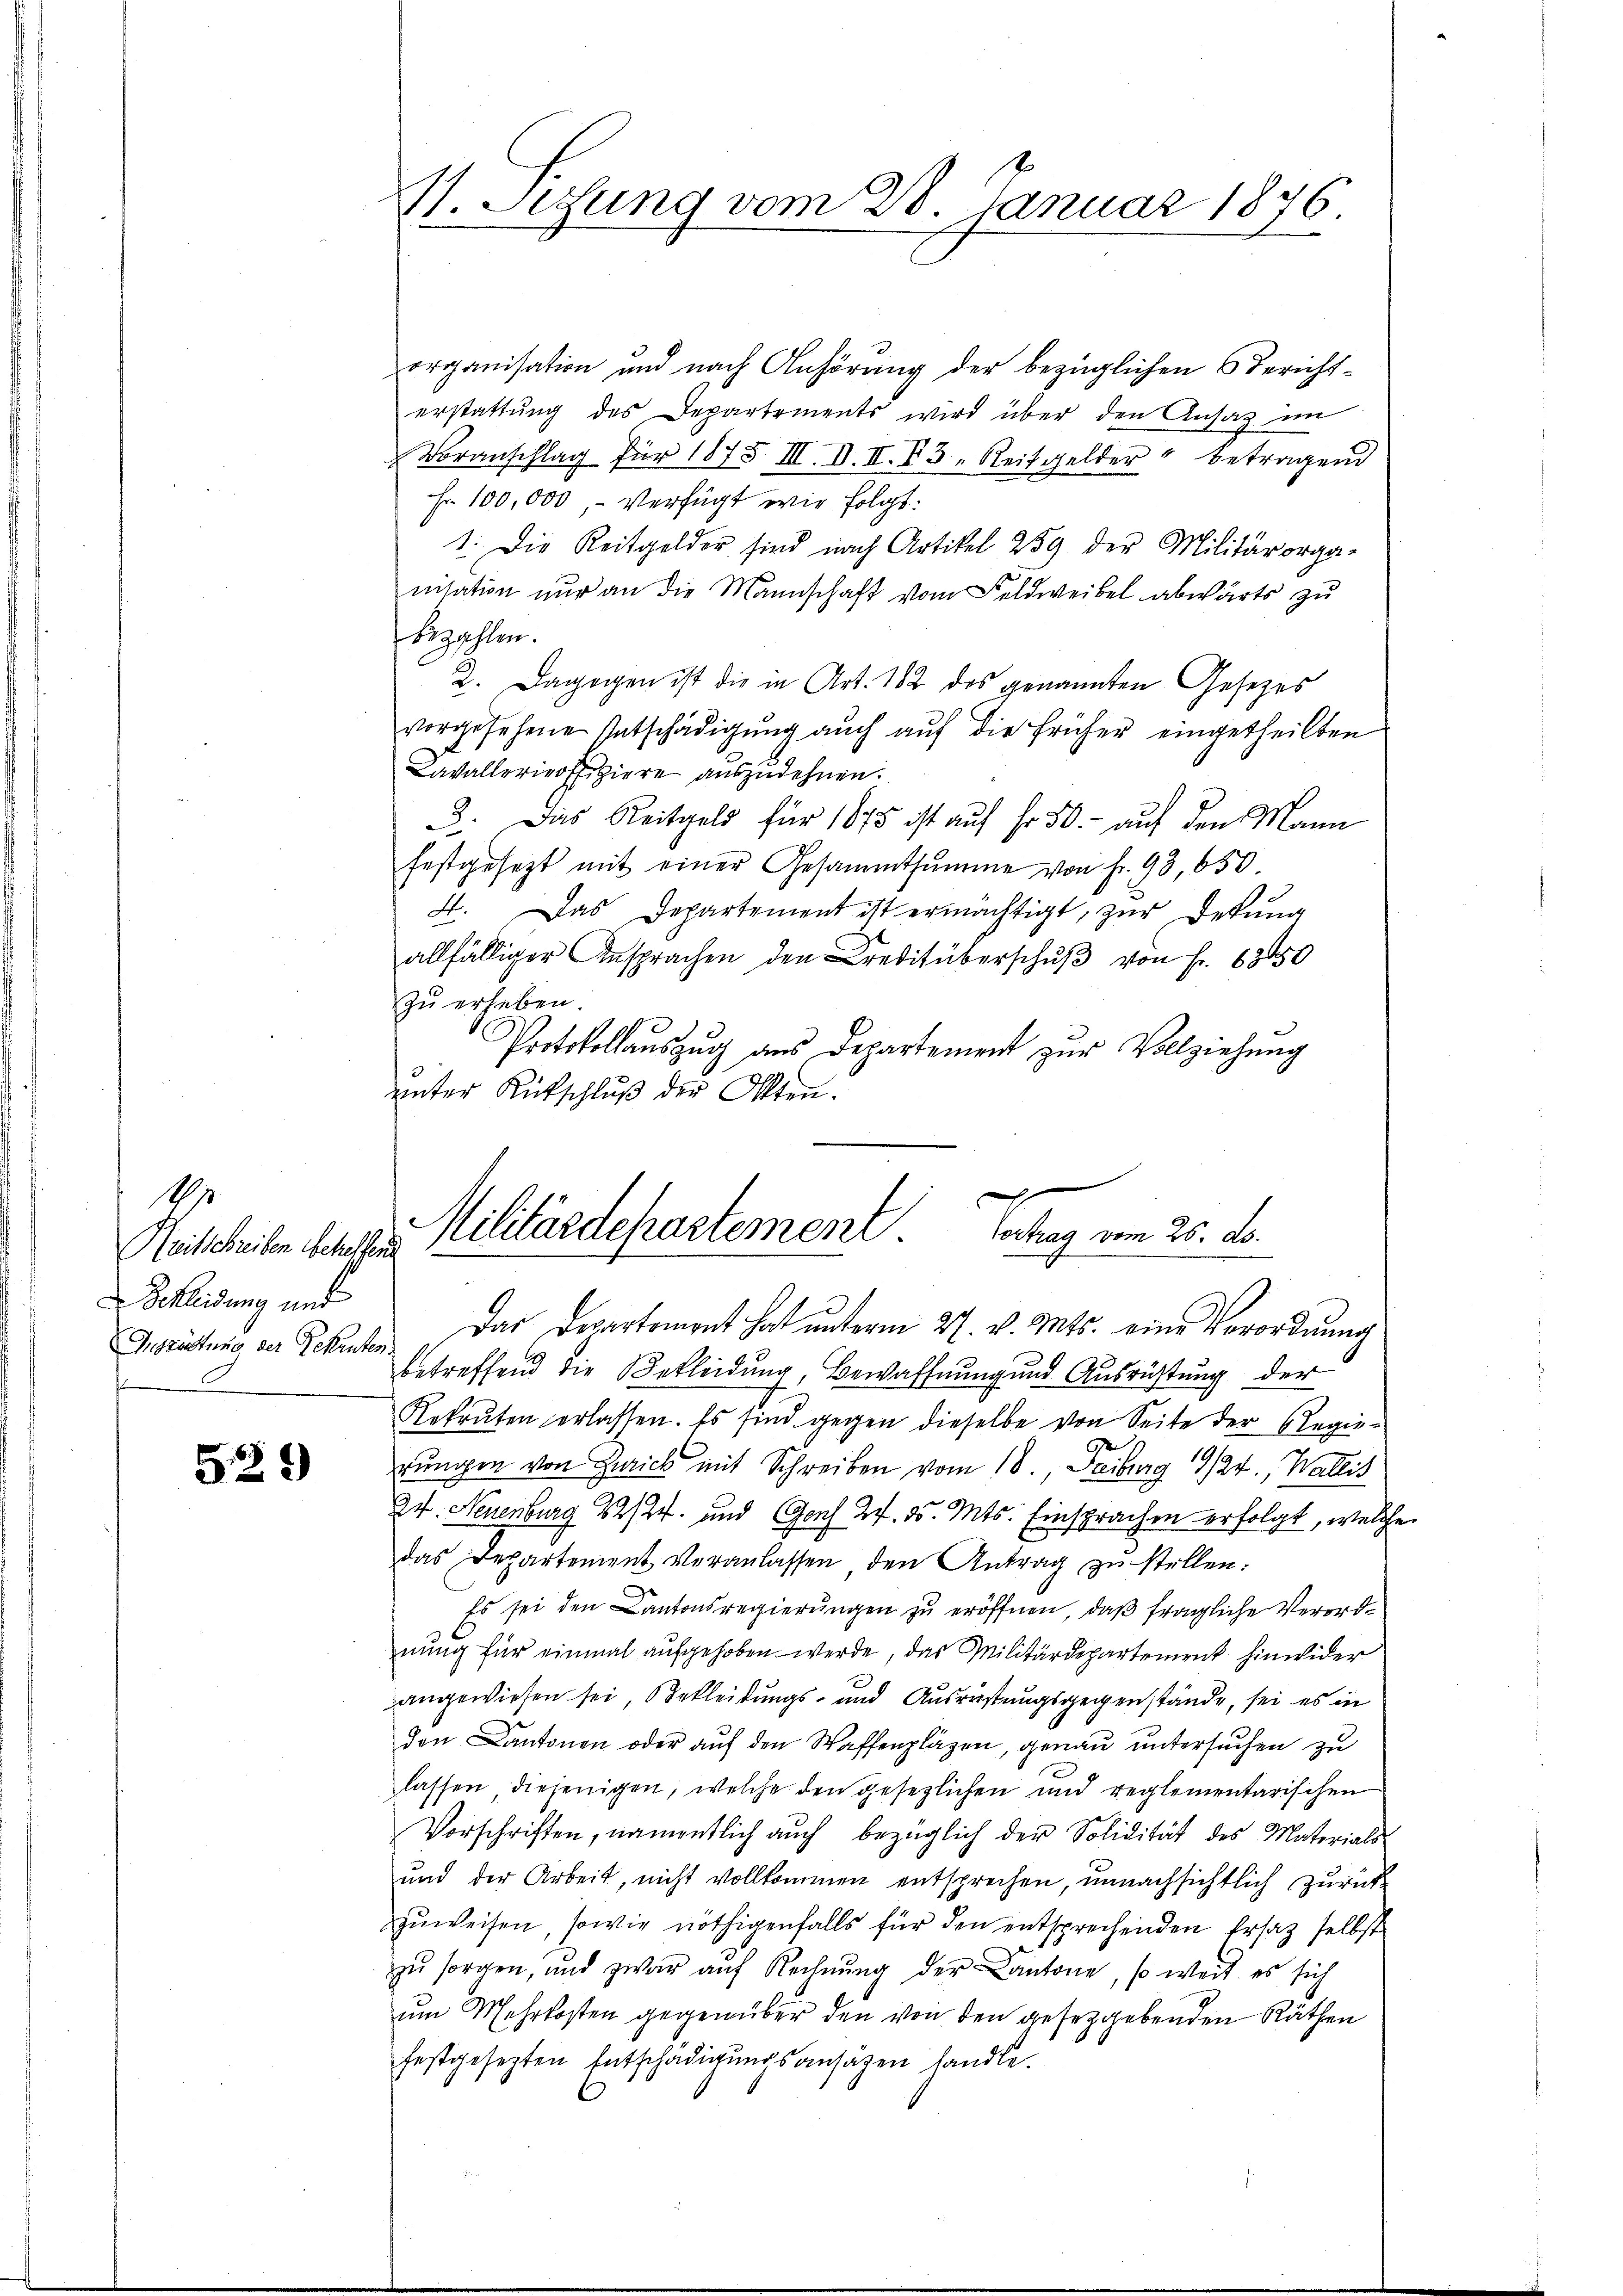
1.
Reitschreiben bekessend 1
Schleidung und
Inszüttung der Rekruten

529)

organisation und nach Anhörung der bezüglichen Bericht-
erstattung des Departements wird über den Ansaz im
Voranschlag für 1875 III. V. II. I3 " Reitgelder betragend
Fr. 100,000, Verfügt wie folgt:
1. Die Reitgelder sind nach Artikel 259. der Militärorga-
nisation nur an die Mannschaft vom Feldweibel abwärts zu
bezahlen.
2. Dagegen ist die in Art. 182 des genannten Gesetzes
vorgesehene Entschädigŭng aŭch aŭf die früher eingetheilten
Cavallerieoffiziere auszudehnen.
3. Das Reitgeld für 1875 ist auf Fr. 50. - auf den Mann
festgesezt mit einer Gesammtsumme von Fr. 93, 650.
4. Das Departement ist ermächtigt, zŭr Dekŭng
allfälliger Ansprachen den Creditüberschŭβ von Fr. 6850
zu erheben
Protokollauszug aus Departement zur Vollziehung
unter Rutschluß der Otten.

V. Setzung vom 28. Januar 1846

Militärdepartement Verhag vom 25. ds.
Das Departement hat unterm 27. v. Mts. eine Verordnung

betreffend die Bekleidung, Bewaffnung und Ausrüstung der
Rekruten erlassen. Es sind gegen dieselbe von Seite der Regierŭngen von Zwick mit Schreiben vom 18 Feiburg 1924., Wallis
24. Neuenburg 22/24. und Genf 27. 25. Mts. Einsprachen erfolgt, welche
das Departement veranlassen den Antrag zu stellen:
Es sei den Cantonsregierungen zu eröffnen, daß fragliche Verordnŭng für einmal aufgehoben werde, das Militärdepartement hinwider
angewiesen sei, Bekleidungs- und Ausrüstungsgegenstände, sei es in
den Cantonen oder auf den Waffenpläzen, genau untersuchen zu
lassen diejenigen, welche den gesezlichen und reglementarischen
Vorschriften, namentlich auch bezüglich der Solidität des Materials
und der Arbeit, nicht vollkommen entsprechen, unnachsichtlich zurück
zuweisen, sowie nöthigenfalls für den entsprechenden Ersatz selbst
zu sorgen, und zwar auf Rechnung der Cantone, so weit es sich
um Mehrkosten gegenüber den von den gesetzgebenden Räthen
festgesezten Entschädigŭngsansätzen handle.